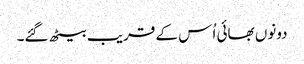
دونوں بھائی اُس کے قریب بیٹھ گئے۔